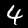
Label: 4